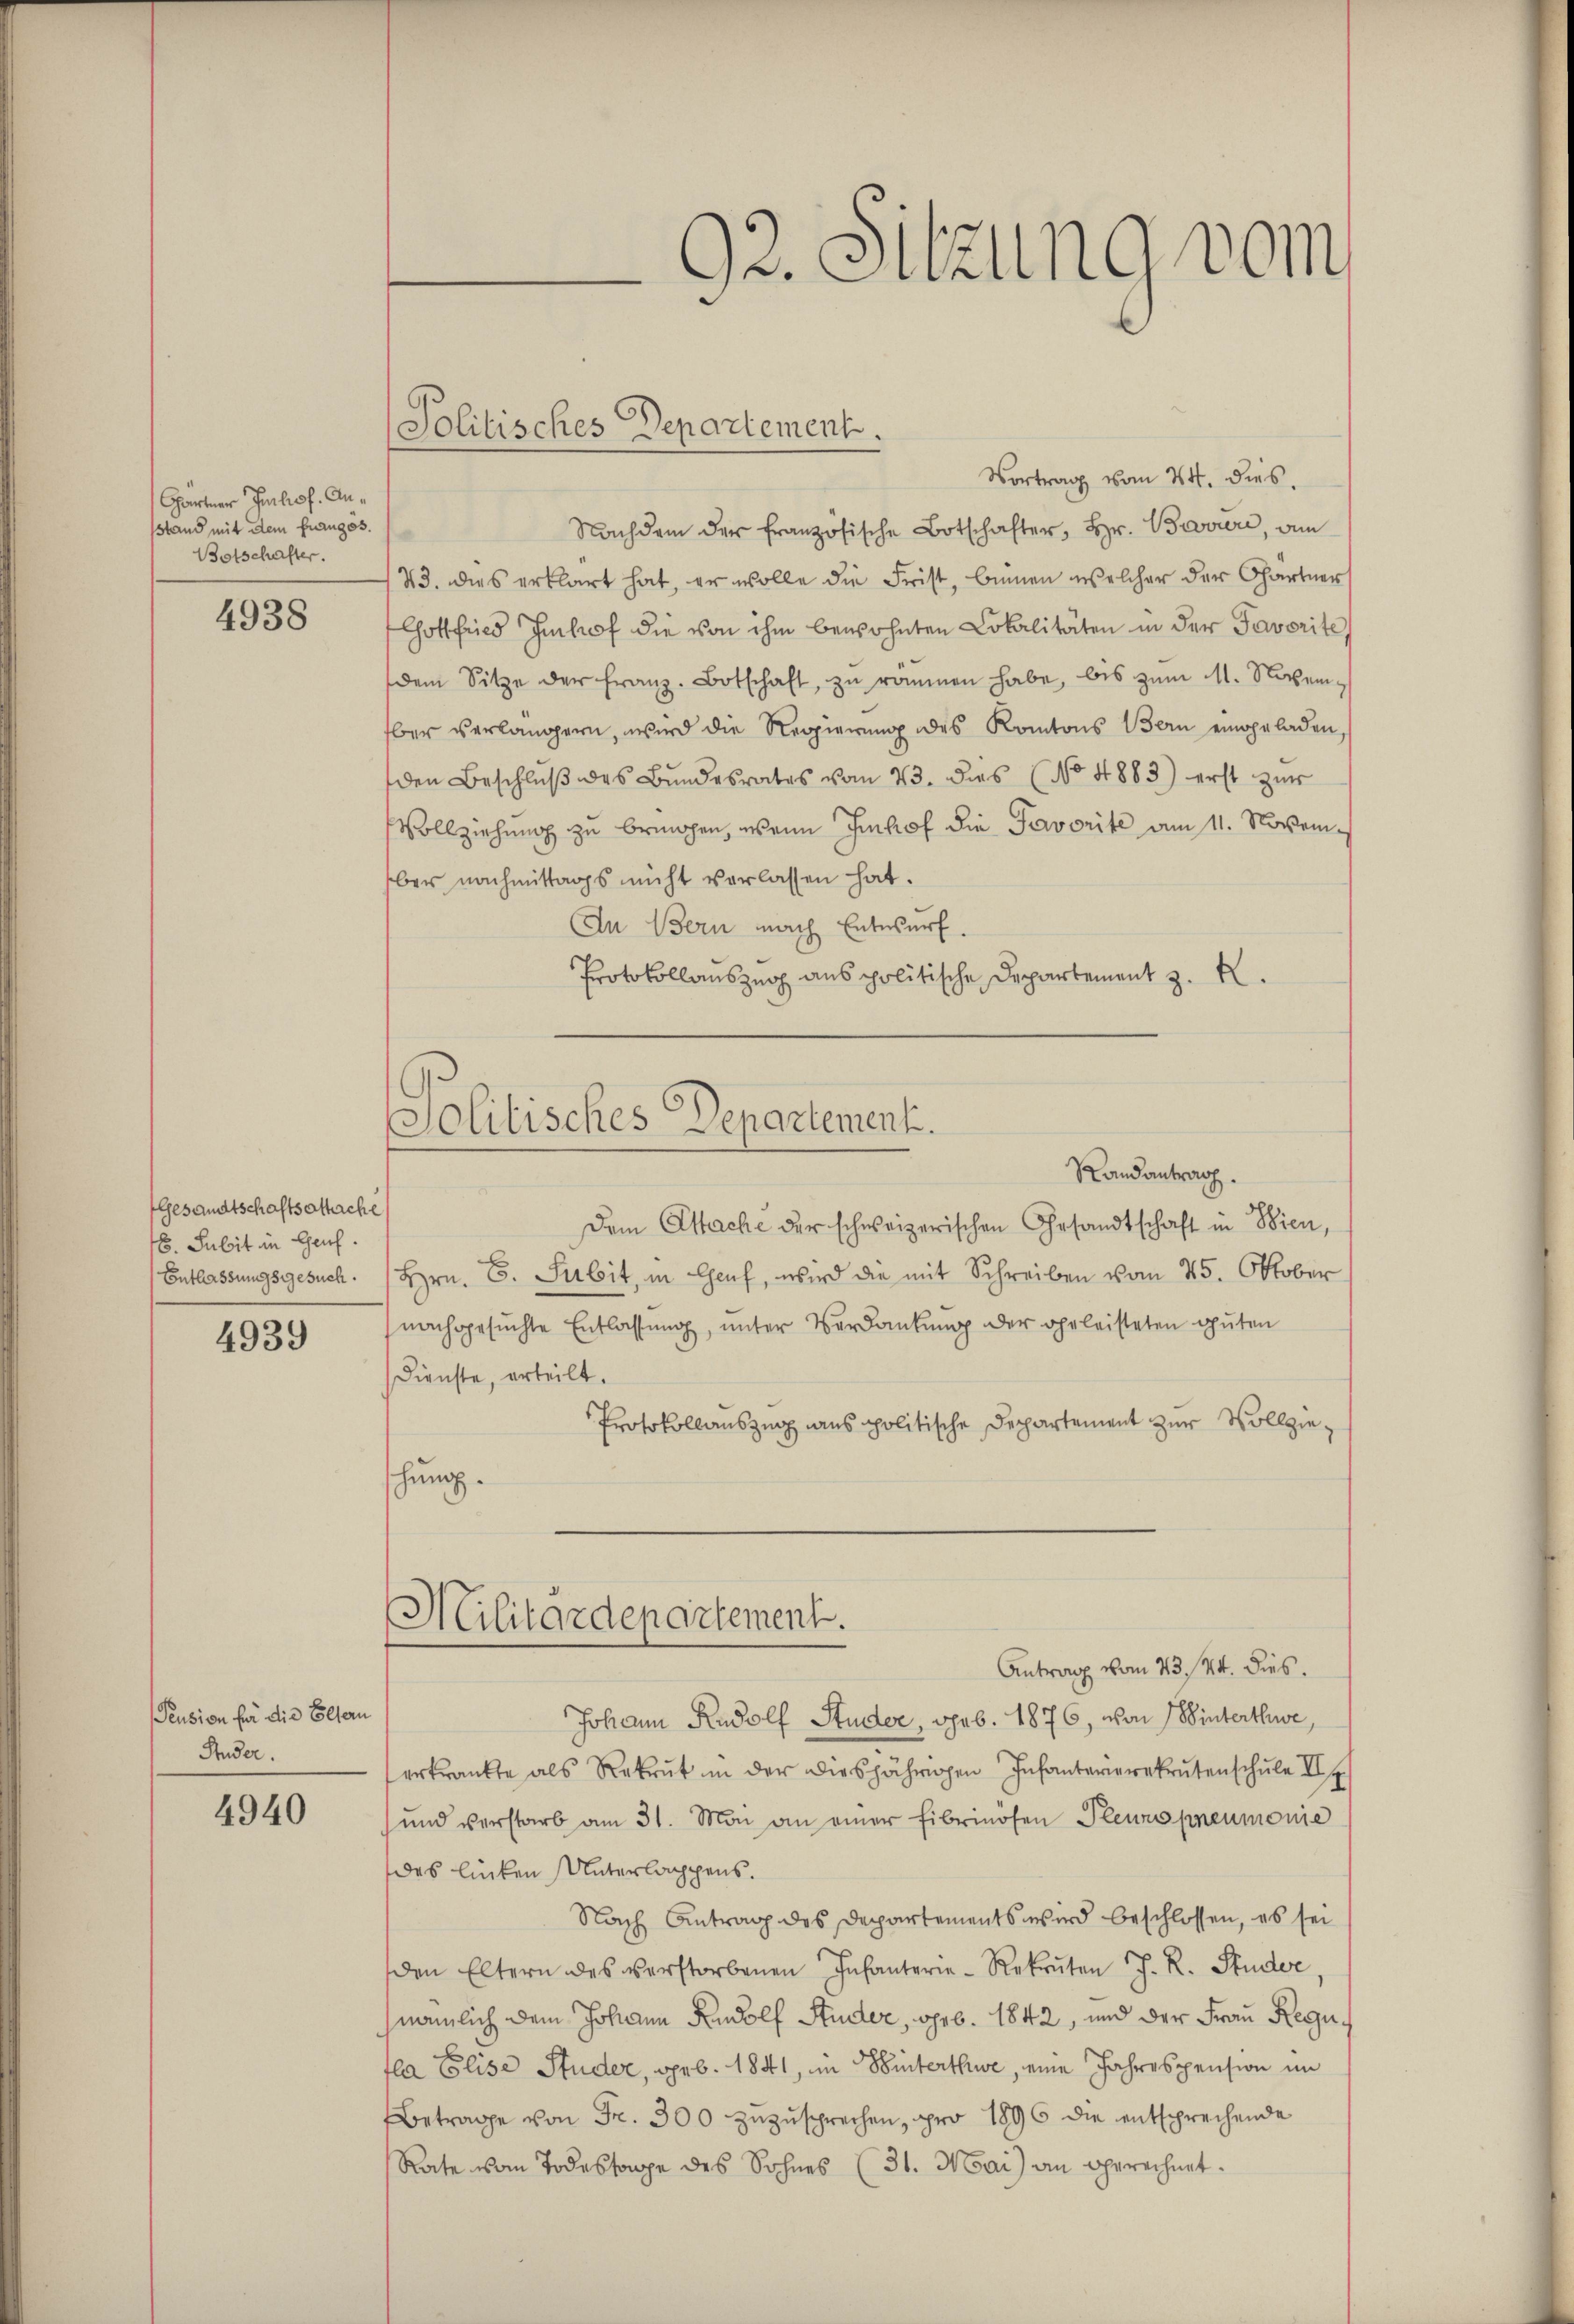
Gartner Juchof. Ansstand mit dem frangos.
Botschafter.

4938

Gesandtschaftsattache
8. subit in Genf.
Entlassungsgesuch.

4939

Pension für die Eltern
Stunder.

4940

Politisches Departement.

92. Sitzung vom

Vortrag vom 24. dies
Nachdem der französische Botschafter, Hr. Baviere, a
43. Dies erklärt hat, er wolle die Frist, binnen welcher der Gärtner
Gottfried Imhof die von ihm bewohnten Lokalitäten in der Taverite
dem Sitze der Franz-Botschaft, zu rommen habe, bis zum 11. November verlängern, wird die Regierung des Kantons Bern eingeladen
den Beschluß des Bundesrates vom 23. dies (No 4883) erst zur
Vollziehung zu bringen, wenn Imhof die Pavorite am 11. Novem
ber nachmittags nicht verlassen hat.
An Bern nach Entwurf.
Protokollauszug aus politische Departement z. B.
Randantrag.
Dem Attache der schweizerischen Gesandtschaft in Wien,
Hrn. E. Subit, in Genf, wird die mit Schreiben vom 25. Oktober
nachgesuchte Entlassung, unter Verdankung der oheleisteten guten
Dienste, erteilt.
Protokollauszug aus politische Departement zur Vollziehung.
Militärdepartement.
Antrag vom 23./14. dies
Johann Rudolf Studer, geb. 1876, von Winterthe,
erkrankte als Rekrut in der diesjährigen Infanterierekrutenschŭle II
und verstarb am 31. Mai an einer Eibrinösen Pleunopneumonie
des linken Unterlappens.
Nach Antrag des Departements wird beschlossen, es sei
den Eltern des verstorbenen Infanterie-Rekruten J. R. Studer
nämlich dem Johann Rudolf Studer, geb. 1842, und der Frau Regu
fla Elise Studer, geb. 1841, in Winterthue, eine Jahrespension im
Betrage von Fr. 300 zuzusprechen, pro 1896 die entsprechende
Rate vom Todessange des Sohnes (31. Mai an gerechnet.

Solitisches Departement.